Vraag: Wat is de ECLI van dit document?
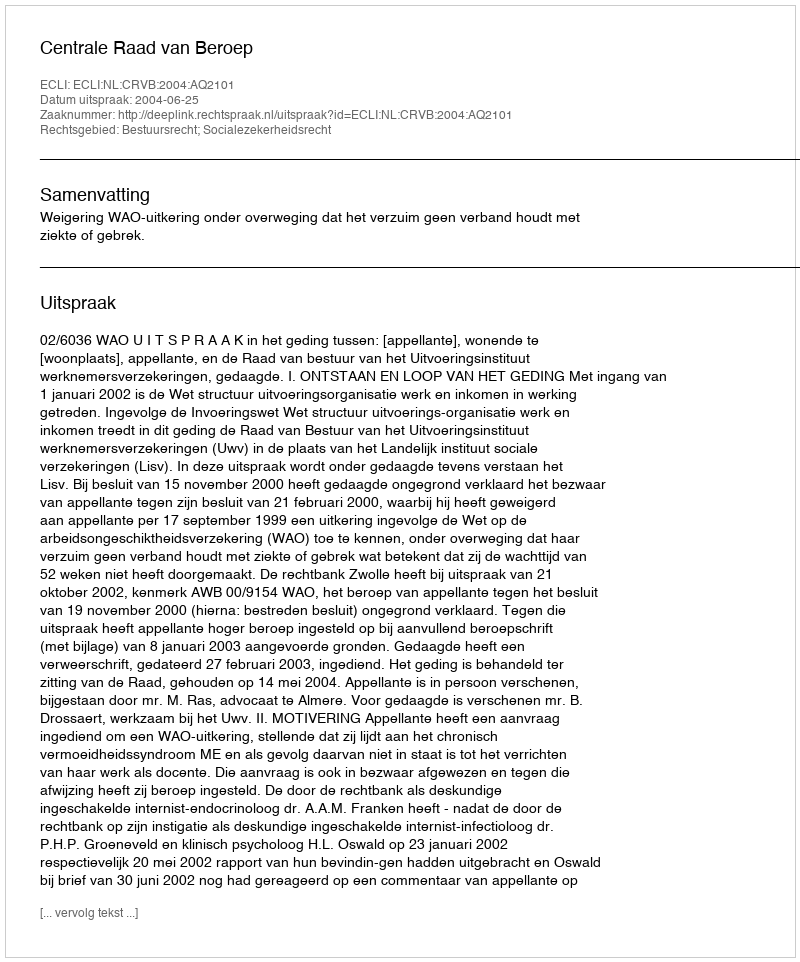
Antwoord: ECLI:NL:CRVB:2004:AQ2101